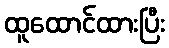
ထူထောင်ထားပြီး